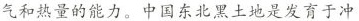
气和热量的能力。中国东北黑土地是发育于冲